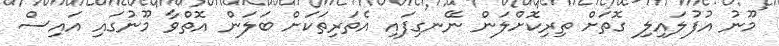
މޫނު އުފުލައިލި ގޮތަށް ތިރިކޮށްލަން ނޭނގިފައި އެތަރިތަކަށް ބަލަން އޮތްވާ މޫނުގައި އައިސް